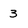
Character: 3